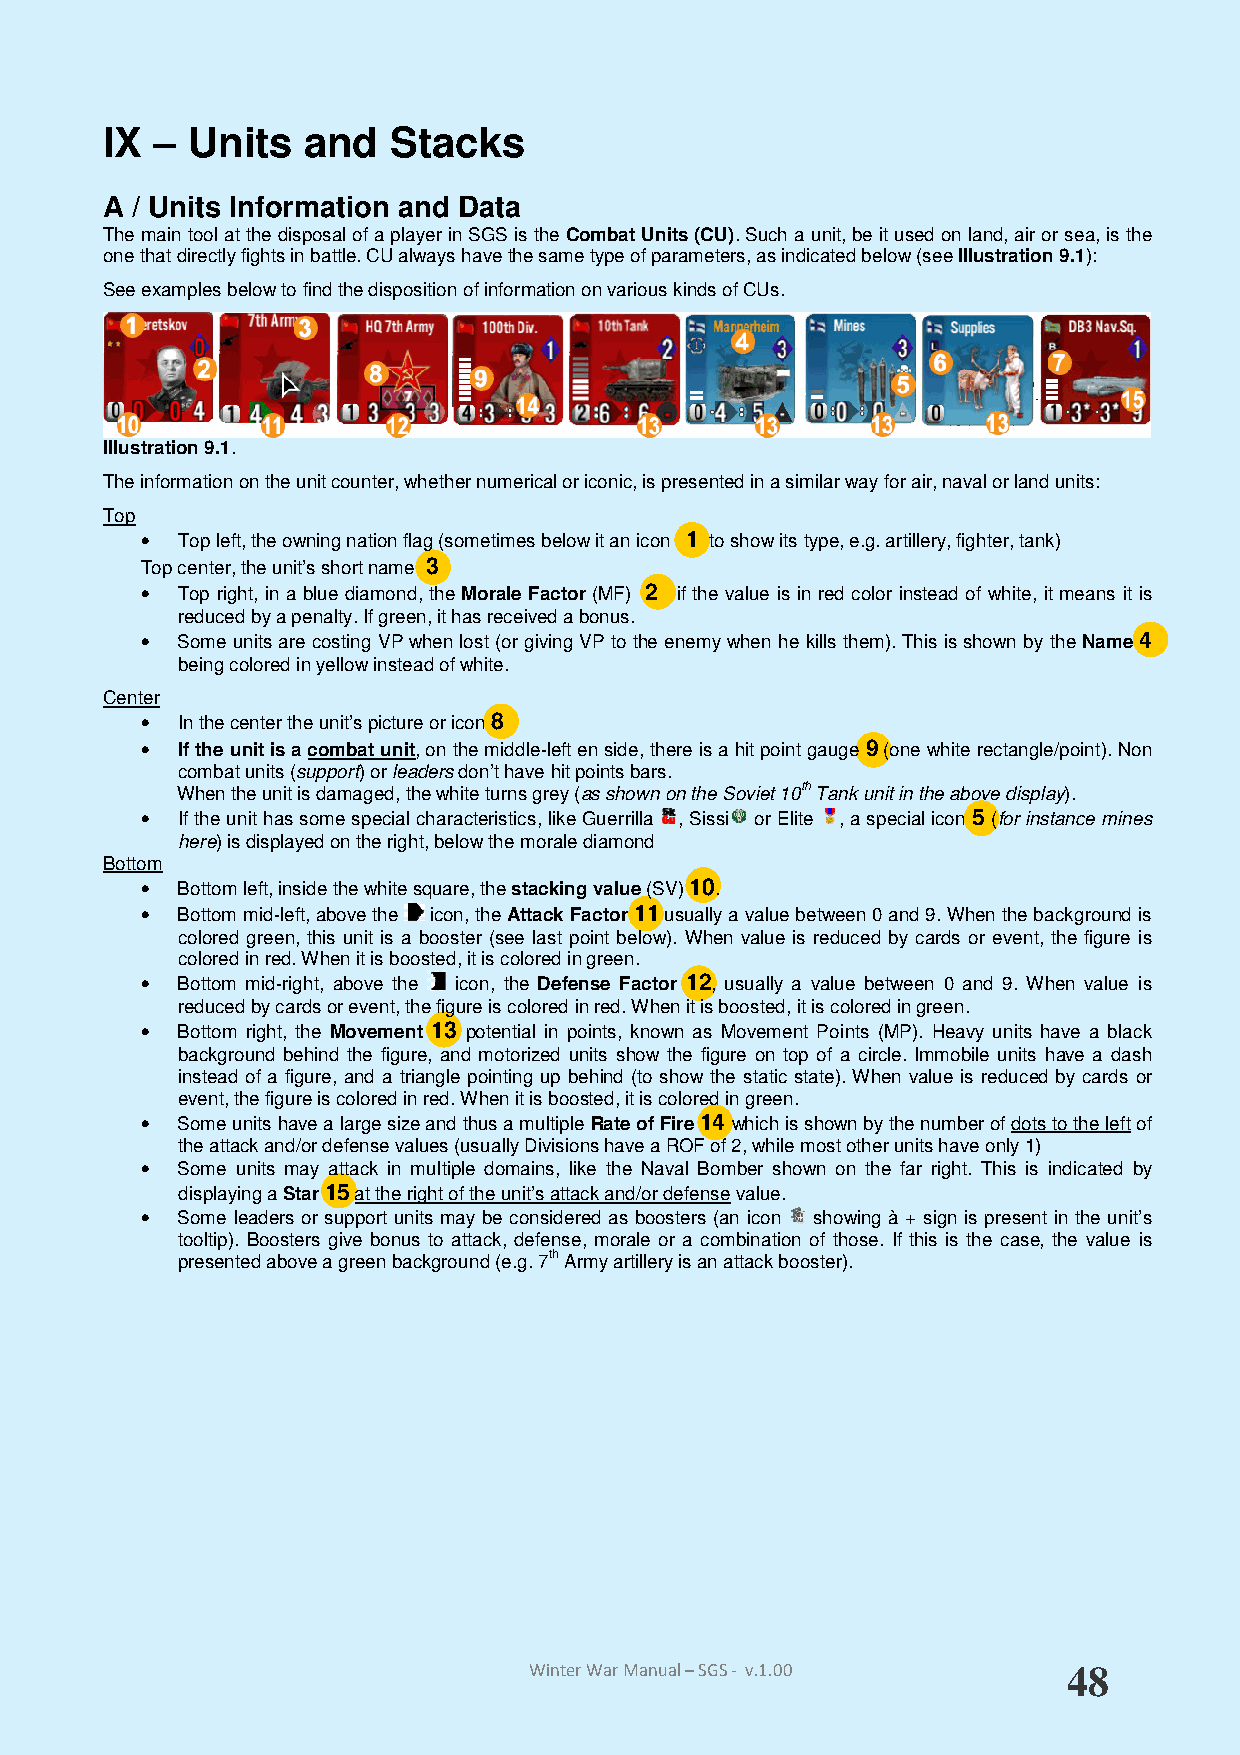
IX – Units   and   Stacks
 A / Units Information and Data
 The main tool at the disposal of a player in SGS is the Combat Units (CU). Such a unit, be it used on land, air or sea, is the
 one that directly fights in battle. CU always have the same type of parameters, as indicated below (see Illustration 9.1):
 See examples below to find the disposition of information on various kinds of CUs.
 Illustration 9.1.
 The information on the unit counter, whether numerical or iconic, is presented in a similar way for air, naval or land units:
 Top
 •  Top left, the owning nation flag (sometimes below it an icon 1 to show its type, e.g. artillery, fighter, tank)
 Top center, the unit’s short name 3
 •  Top right, in a blue diamond, the Morale Factor (MF) 2 if the value is in red color instead of white, it means it is
 reduced by a penalty. If green, it has received a bonus.
 •  Some units are costing VP when lost (or giving VP to the enemy when he kills them). This is shown by the Name 4
 being colored in yellow instead of white.
 Center
 •  In the center the unit’s picture or icon 8
 •  If the unit is a combat unit, on the middle-left en side, there is a hit point gauge 9 (one white rectangle/point). Non
 combat units (support) or leaders don’t have hit points bars.
 When the unit is damaged, the white turns grey (as shown on the Soviet 10th Tank unit in the above display).
 •  If the unit has some special characteristics, like Guerrilla , Sissi or Elite , a special icon 5 (for instance mines
 here) is displayed on the right, below the morale diamond
 Bottom
 •  Bottom left, inside the white square, the stacking value (SV) 10.
 •  Bottom mid-left, above the icon, the Attack Factor 11 usually a value between 0 and 9. When the background is
 colored green, this unit is a booster (see last point below). When value is reduced by cards or event, the figure is
 colored in red. When it is boosted, it is colored in green.
 •  Bottom mid-right, above the icon, the Defense Factor 12, usually a value between 0 and 9. When value is
 reduced by cards or event, the figure is colored in red. When it is boosted, it is colored in green.
 •  Bottom right, the Movement 13 potential in points, known as Movement Points (MP). Heavy units have a black
 background behind the figure, and motorized units show the figure on top of a circle. Immobile units have a dash
 instead of a figure, and a triangle pointing up behind (to show the static state). When value is reduced by cards or
 event, the figure is colored in red. When it is boosted, it is colored in green.
 •  Some units have a large size and thus a multiple Rate of Fire 14 which is shown by the number of dots to the left of
 the attack and/or defense values (usually Divisions have a ROF of 2, while most other units have only 1)
 •  Some units may attack in multiple domains, like the Naval Bomber shown on the far right. This is indicated by
 displaying a Star 15 at the right of the unit’s attack and/or defense value.
 •  Some leaders or support units may be considered as boosters (an icon showing à + sign is present in the unit’s
 tooltip). Boosters give bonus to attack, defense, morale or a combination of those. If this is the case, the value is
 presented above a green background (e.g. 7th Army artillery is an attack booster).
 Winter War Manual – SGS - v.1.00    48